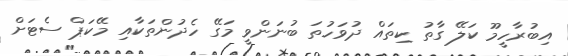
އިބުރާހީމޫ ކަލޭ ގާތު ކިތައް ދުވަހުތަ ބުނަންވީ މަގޭ ހެދުންތަކާއި މޭކަޕް ސެޓަށް